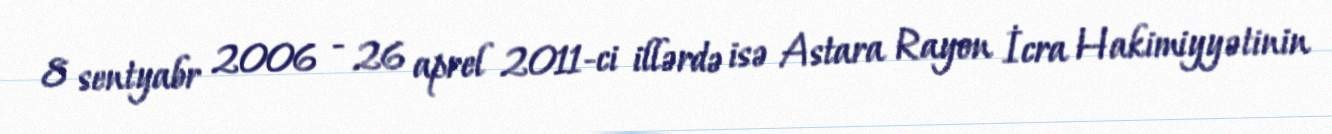
8 sentyabr 2006 - 26 aprel 2011-ci illərdə isə Astara Rayon İcra Hakimiyyətinin